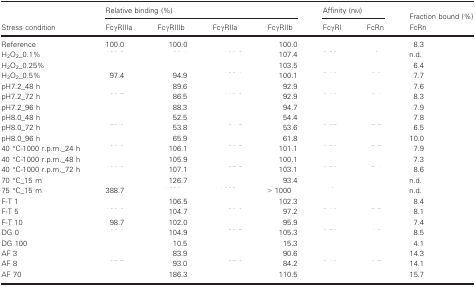
<table><thead><tr><td rowspan="2"><b>Stress condition</b></td><td colspan="4"><b>Relative binding (%)</b></td><td colspan="2"><b>Affinity (nm)</b></td><td><b>Fraction bound (%)</b></td></tr><tr><td><b>FcγRIIIa</b></td><td><b>FcγRIIIb</b></td><td><b>FcγRIIa</b></td><td><b>FcγRIIb</b></td><td><b>FcγRI</b></td><td><b>FcRn</b></td><td><b>FcRn</b></td></tr></thead><tbody><tr><td>Reference</td><td>100.0</td><td>100.0</td><td>[EMPTY_CELL]</td><td>100.0</td><td>[EMPTY_CELL]</td><td>[EMPTY_CELL]</td><td>8.3</td></tr><tr><td>H<sub>2</sub>O<sub>2</sub>_0.1%</td><td>[EMPTY_CELL]</td><td>[EMPTY_CELL]</td><td>[EMPTY_CELL]</td><td>107.4</td><td>[EMPTY_CELL]</td><td>[EMPTY_CELL]</td><td>n.d.</td></tr><tr><td>H<sub>2</sub>O<sub>2</sub>_0.25%</td><td>[EMPTY_CELL]</td><td>[EMPTY_CELL]</td><td>[EMPTY_CELL]</td><td>103.5</td><td>[EMPTY_CELL]</td><td>[EMPTY_CELL]</td><td>6.4</td></tr><tr><td>H<sub>2</sub>O<sub>2</sub>_0.5%</td><td>97.4</td><td>94.9</td><td>[EMPTY_CELL]</td><td>100.1</td><td>[EMPTY_CELL]</td><td>[EMPTY_CELL]</td><td>7.7</td></tr><tr><td>pH7.2_48 h</td><td>[EMPTY_CELL]</td><td>89.6</td><td>[EMPTY_CELL]</td><td>92.9</td><td>[EMPTY_CELL]</td><td>[EMPTY_CELL]</td><td>7.6</td></tr><tr><td>pH7.2_72 h</td><td>[EMPTY_CELL]</td><td>86.5</td><td>[EMPTY_CELL]</td><td>92.9</td><td>[EMPTY_CELL]</td><td>[EMPTY_CELL]</td><td>8.3</td></tr><tr><td>pH7.2_96 h</td><td>[EMPTY_CELL]</td><td>88.3</td><td>[EMPTY_CELL]</td><td>94.7</td><td>[EMPTY_CELL]</td><td>[EMPTY_CELL]</td><td>7.9</td></tr><tr><td>pH8.0_48 h</td><td>[EMPTY_CELL]</td><td>52.5</td><td>[EMPTY_CELL]</td><td>54.4</td><td>[EMPTY_CELL]</td><td>[EMPTY_CELL]</td><td>7.8</td></tr><tr><td>pH8.0_72 h</td><td>[EMPTY_CELL]</td><td>53.8</td><td>[EMPTY_CELL]</td><td>53.6</td><td>[EMPTY_CELL]</td><td>[EMPTY_CELL]</td><td>6.5</td></tr><tr><td>pH8.0_96 h</td><td>[EMPTY_CELL]</td><td>65.9</td><td>[EMPTY_CELL]</td><td>61.8</td><td>[EMPTY_CELL]</td><td>[EMPTY_CELL]</td><td>10.0</td></tr><tr><td>40 °C‐1000 r.p.m._24 h</td><td>[EMPTY_CELL]</td><td>106.1</td><td>[EMPTY_CELL]</td><td>101.1</td><td>[EMPTY_CELL]</td><td>[EMPTY_CELL]</td><td>7.9</td></tr><tr><td>40 °C‐1000 r.p.m._48 h</td><td>[EMPTY_CELL]</td><td>105.9</td><td>[EMPTY_CELL]</td><td>100.1</td><td>[EMPTY_CELL]</td><td>[EMPTY_CELL]</td><td>7.3</td></tr><tr><td>40 °C‐1000 r.p.m._72 h</td><td>[EMPTY_CELL]</td><td>107.1</td><td>[EMPTY_CELL]</td><td>103.1</td><td>[EMPTY_CELL]</td><td>[EMPTY_CELL]</td><td>8.6</td></tr><tr><td>70 °C_15 m</td><td>[EMPTY_CELL]</td><td>126.7</td><td>[EMPTY_CELL]</td><td>93.4</td><td>[EMPTY_CELL]</td><td>[EMPTY_CELL]</td><td>n.d.</td></tr><tr><td>75 °C_15 m</td><td>388.7</td><td>[EMPTY_CELL]</td><td>[EMPTY_CELL]</td><td>&gt; 1000</td><td>[EMPTY_CELL]</td><td>[EMPTY_CELL]</td><td>n.d.</td></tr><tr><td>F‐T 1</td><td>[EMPTY_CELL]</td><td>106.5</td><td>[EMPTY_CELL]</td><td>102.3</td><td>[EMPTY_CELL]</td><td>[EMPTY_CELL]</td><td>8.4</td></tr><tr><td>F‐T 5</td><td>[EMPTY_CELL]</td><td>104.7</td><td>[EMPTY_CELL]</td><td>97.2</td><td>[EMPTY_CELL]</td><td>[EMPTY_CELL]</td><td>8.1</td></tr><tr><td>F‐T 10</td><td>98.7</td><td>102.0</td><td>[EMPTY_CELL]</td><td>95.9</td><td>[EMPTY_CELL]</td><td>[EMPTY_CELL]</td><td>7.4</td></tr><tr><td>DG 0</td><td>[EMPTY_CELL]</td><td>104.9</td><td>[EMPTY_CELL]</td><td>105.3</td><td>[EMPTY_CELL]</td><td>[EMPTY_CELL]</td><td>8.5</td></tr><tr><td>DG 100</td><td>[EMPTY_CELL]</td><td>10.5</td><td>[EMPTY_CELL]</td><td>15.3</td><td>[EMPTY_CELL]</td><td>[EMPTY_CELL]</td><td>4.1</td></tr><tr><td>AF 3</td><td>[EMPTY_CELL]</td><td>83.9</td><td>[EMPTY_CELL]</td><td>90.6</td><td>[EMPTY_CELL]</td><td>[EMPTY_CELL]</td><td>14.3</td></tr><tr><td>AF 8</td><td>[EMPTY_CELL]</td><td>93.0</td><td>[EMPTY_CELL]</td><td>84.2</td><td>[EMPTY_CELL]</td><td>[EMPTY_CELL]</td><td>14.1</td></tr><tr><td>AF 70</td><td>[EMPTY_CELL]</td><td>186.3</td><td>[EMPTY_CELL]</td><td>110.5</td><td>[EMPTY_CELL]</td><td>[EMPTY_CELL]</td><td>15.7</td></tr></tbody></table>